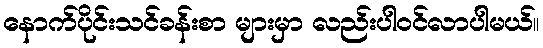
နောက်ပိုင်းသင်ခန်းစာ များမှာ လည်းပါဝင်လာပါမယ်။